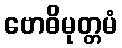
ဗောဓိမုတ္တမံ